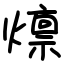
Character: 燷